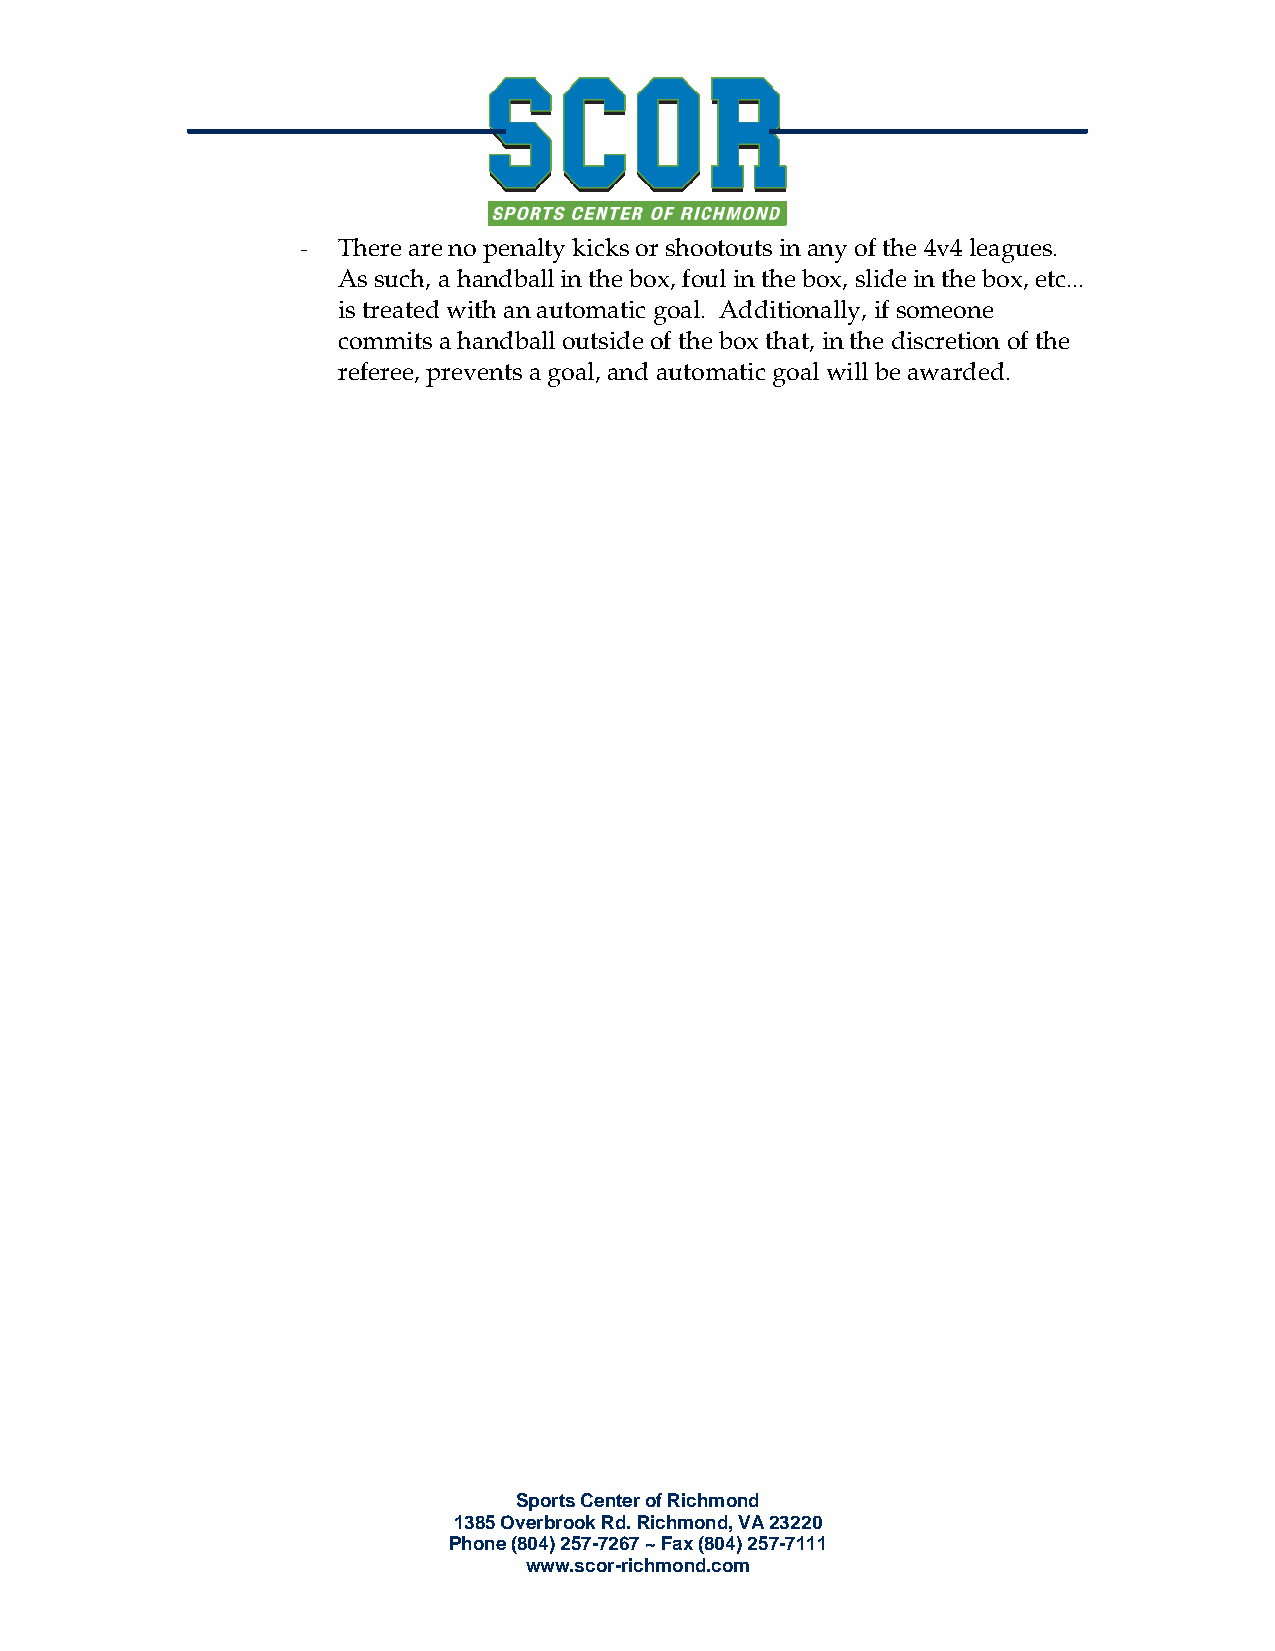
- There are no penalty kicks or shootouts in any of the 4v4 leagues.
 As such, a handball in the box, foul in the box, slide in the box, etc...
 is treated with an automatic goal. Additionally, if someone
 commits a handball outside of the box that, in the discretion of the
 referee, prevents a goal, and automatic goal will be awarded.
 Sports Center of Richmond
 1385 Overbrook Rd. Richmond, VA 23220
 Phone (804) 257-7267 ~ Fax (804) 257-7111
 www.scor-richmond.com